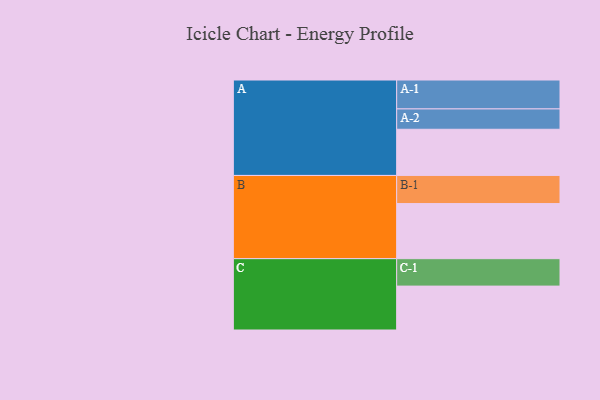
{"axis": {"x": "Segment", "y": "Value"}, "legend": ["", "A", "B", "C"], "data": [{"x": "A", "y": 404, "type": ""}, {"x": "B", "y": 482, "type": ""}, {"x": "C", "y": 384, "type": ""}, {"x": "A-1", "y": 253, "type": "A"}, {"x": "A-2", "y": 178, "type": "A"}, {"x": "B-1", "y": 246, "type": "B"}, {"x": "C-1", "y": 240, "type": "C"}]}